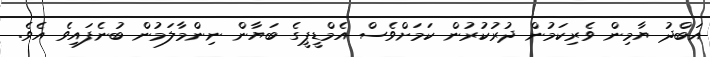
އަބްދު ޔާމިން ވެރިކަމުން ދުރުކުރުން ކަމަށްވެސް އެމްޑީޕީގެ ބަޔާން ނިންމާލަމުން ބުނެފައިވެ އެވެ.